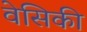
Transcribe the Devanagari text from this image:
वेसिकी